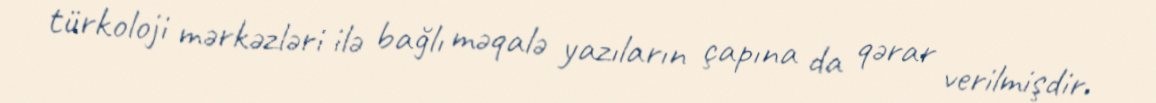
türkoloji mərkəzləri ilə bağlı məqalə yazıların çapına da qərar verilmişdir.